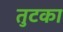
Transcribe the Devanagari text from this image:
तुटका